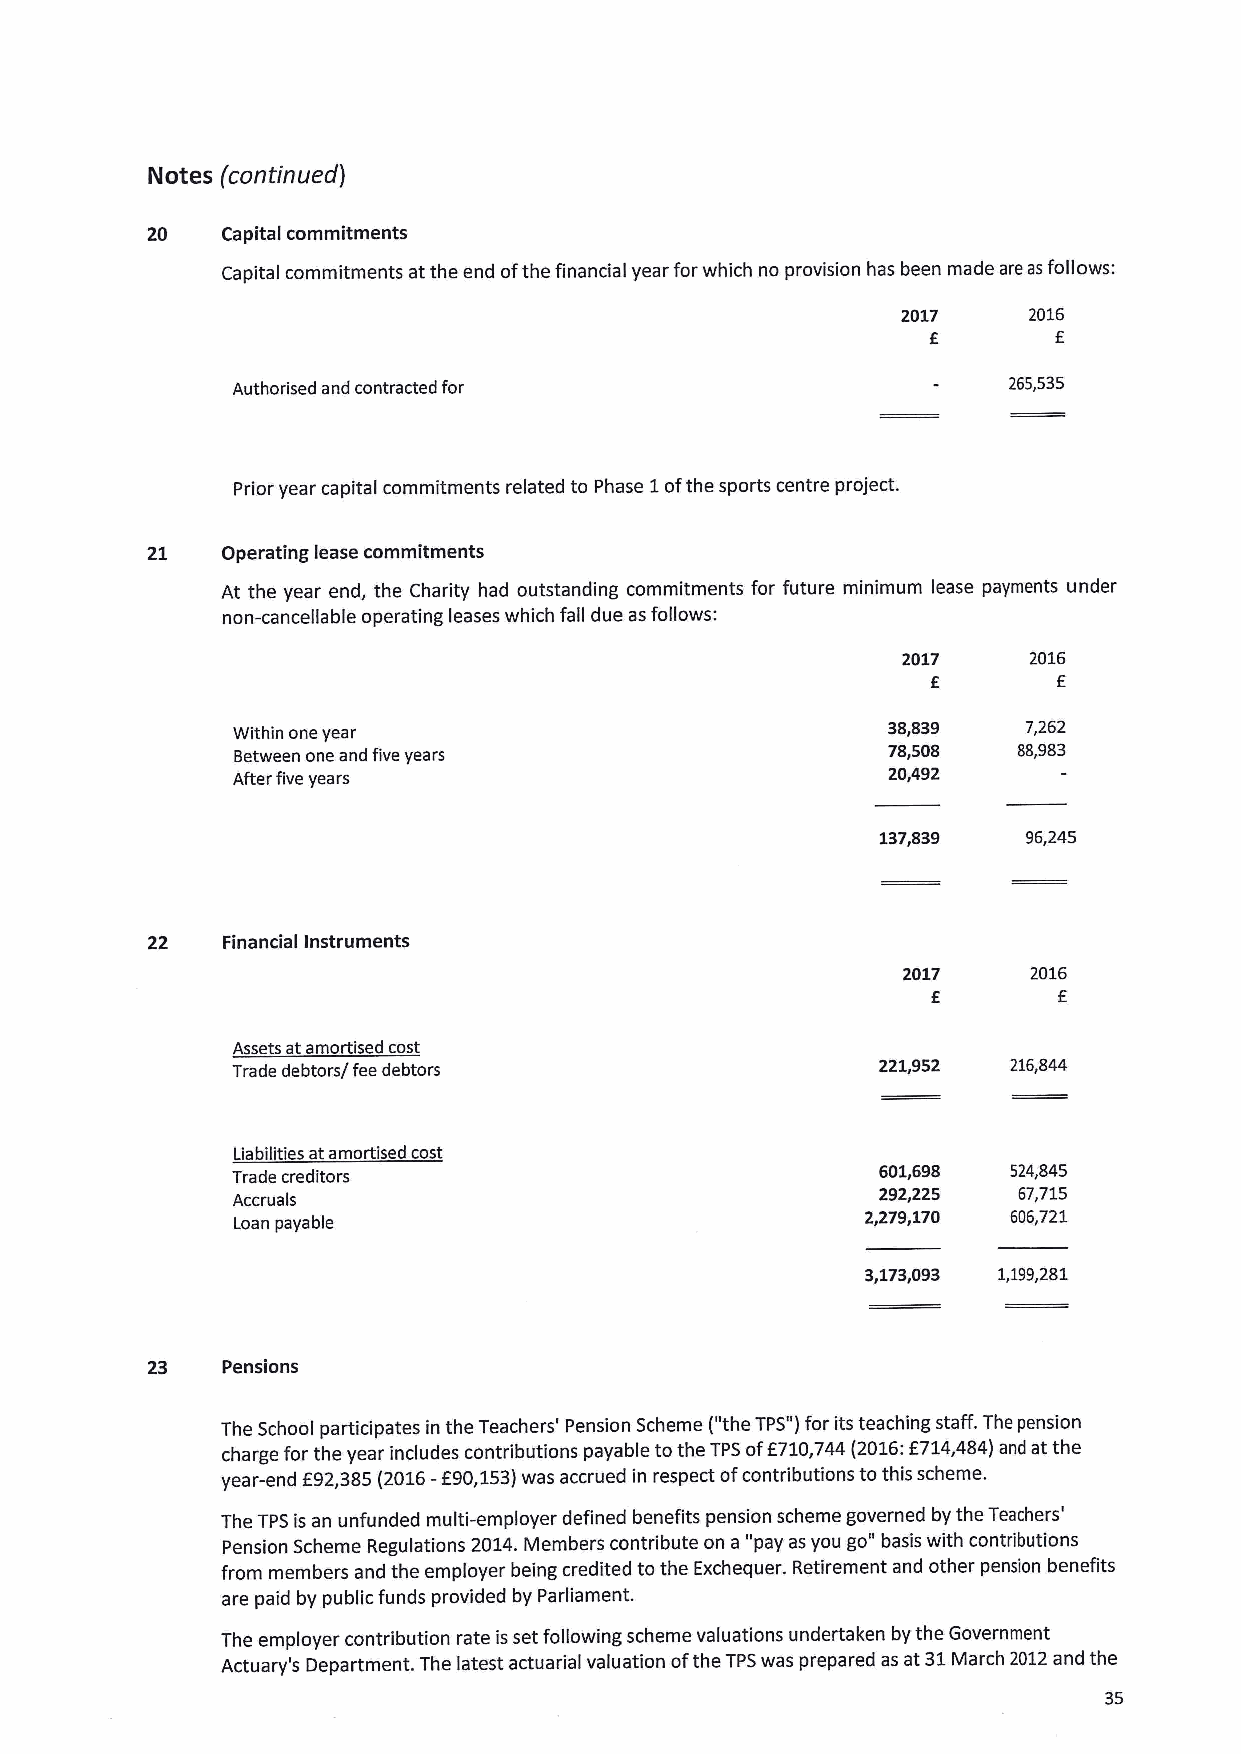
Notes (continued j
 20   Capital commitments
 Capital commitments at the end ofthe financial year for which no provision has been made are asfollows:
 2017    2016
 f       f
 Authorised and contracted for                       265,535
 Prior year capital commitments related to Phase 1ofthe sports centre project.
 21   Operating lease commitments
 At the year end, the Charity had outstanding commitments for future minimum lease payments under
 non-cancellable operating leases which fall due asfollows:
 2017    2016
 f       f
 Within one year                             38,839   7,262
 Between one and five years                  78,508  88,983
 After five years
 20,492
 137,839   96,245
 22   Financial Instruments
 2017    2016
 f
 Assets at amortised cost
 Trade debtors/fee debtors                  221,952  216,844
 Liabilities atamortised cost
 Trade creditors
 601,698  524,845
 Accruals
 292,225  67,715
 Loan payable
 2,279,170 606,721
 3,173,093 1,199,281
 23   Pensions
 The School participates in the Teachers' Pension Scheme ("theTPS")for its teaching staff. The pension
 charge for the year includes contributions payable to the TPSoff710,744(2016:f714,484) and at the
 year-end f 92,385(2016-f90,153)was accrued in respect ofcontributions to this scheme.
 The TPSis an unfunded multi-employer defined benefits pension scheme governed by the Teachers'
 Pension Scheme Regulations 2014.Members contribute on a "pay as you go"basis with contributions
 from members and the employer being credited to the Exchequer. Retirement and other pension benefits
 are paid by public funds provided by Parliament.
 The employer contribution rate isset following scheme valuations undertaken by the Government
 Actuary's Department. The latest actuarial valuation ofthe TPSwas prepared as at 31March 2012and the
 35